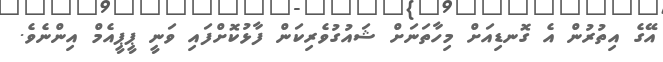
އޭގެ އިތުރުން އެ ގޮނޑިއަށް މިހާތަނަށް ޝައުގުވެރިކަން ފާޅުކޮށްފައި ވަނީ ޕީޕީއެމް އިންނެވެ.